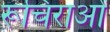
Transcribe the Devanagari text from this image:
रूचिराओं